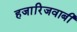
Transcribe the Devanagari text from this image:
हजारिजवाबी